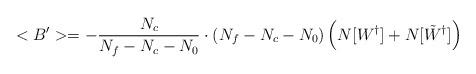
LaTeX: \begin{align*}<B'> = -\frac{N_c}{N_f - N_c - N_0} \cdot (N_f - N_c - N_0) \left( N[W^{\dagger}] + N[\tilde{W}^{\dagger}] \right)\end{align*}